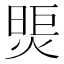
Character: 煚